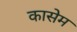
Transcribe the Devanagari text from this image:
कासेम